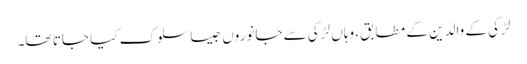
لڑکی کے والدین کے مطابق، وہاں لڑکی سے جانوروں جیسا سلوک کیا جاتا تھا۔